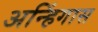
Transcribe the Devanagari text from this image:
अन्हिंगास